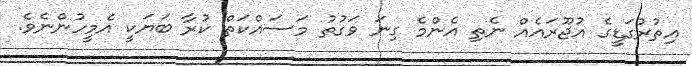
އިތުރުގަޑީގެ އުޖޫރައެއް ނެތި އެންމެ ގިނަ ވަގުތު މަސައްކަތް ކުރާ ބަޔަކީ އެމީހުންނެވެ.